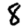
Digit: 8